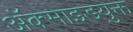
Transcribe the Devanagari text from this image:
अॅक्साइडयुक्त